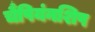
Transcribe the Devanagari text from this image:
चैंपियंनशिप